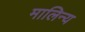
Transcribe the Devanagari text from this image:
मालिन्य